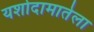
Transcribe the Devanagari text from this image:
यशोदामातेला